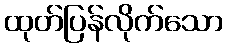
ထုတ်ပြန်လိုက်သော